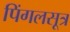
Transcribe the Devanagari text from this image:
पिंगलसूत्र